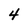
Character: 4